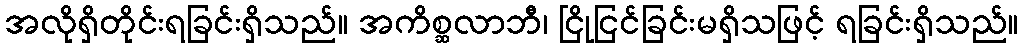
အလိုရှိတိုင်းရခြင်းရှိသည်။ အကိစ္ဆလာဘီ၊ ငြိုငြင်ခြင်းမရှိသဖြင့် ရခြင်းရှိသည်။